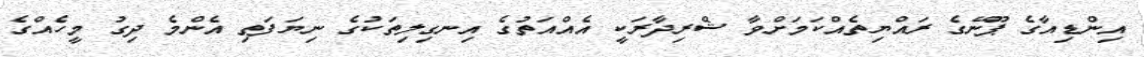
އިންޑިއާގެ ޕޫނޭގެ ރައްޔިތެއްކަމަށްވާ ޝްރިދާރަކީ އެއްއަތުގެ އިނގިލިތަކުގެ ނިޔަފަތި އެންމެ ދިގު މީހެއްގެ